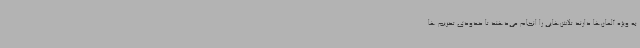
به ویژه آلمان‌ها دارند تلاش‌هایی را انجام می‌دهند تا حدودی تحریم ها